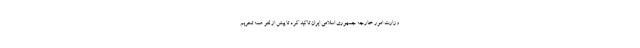
وزارت امور خارجه جمهوری اسلامی ایران تاکید کرد تا پیش از لغو همه تحریم